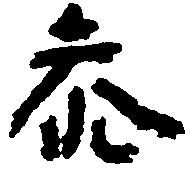
参